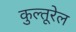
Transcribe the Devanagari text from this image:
कुल्तूरेल